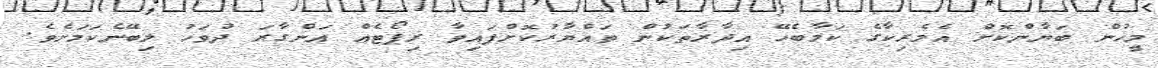
މީހުން ބަޔާންކޮށް އެމެރިކާގެ ކަމާބެހޭ އިދާރާތަކުން ތައްޔާރުކޮށްފައިވާ ރިޕޯޓެއް އަންގާރަ ދުވަހު ލިބޭނެކަމަށެވެ.